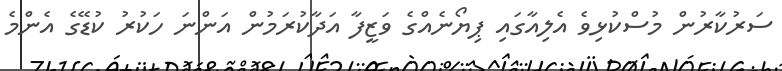
ސަރުކާރުން މުސްކުޅިވެ އެލިއާގައި ޕިޔޯނެއްގެ ވަޒީފާ އަދާކުރަމުން އަންނަ ހަކުރު ކުޑޭގެ އެންމެ